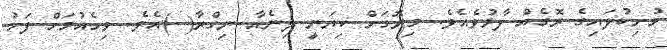
މުށިކުލައިގެ ރޮގެއް ފާޅުވެއެވެ. މިރޮގަށް ކިޔަނީ ލިނެއާ ނިގްރާ( )އެވެ. ވިހެއުމަށް ފަހު